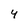
Character: 4